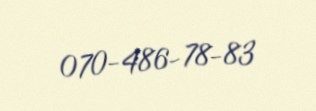
070-486-78-83